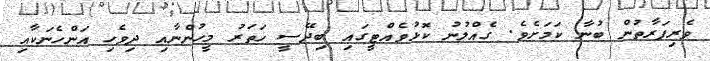
ވެރިފަރާތުން ބުނާ ކަމަށެވެ. ގެއްލުނު ކޮޅުވެއްޓީގައި ބިދޭސީ ހަތަރު މީހުންނާއި ދިވެހި އަންހެނަކާއި